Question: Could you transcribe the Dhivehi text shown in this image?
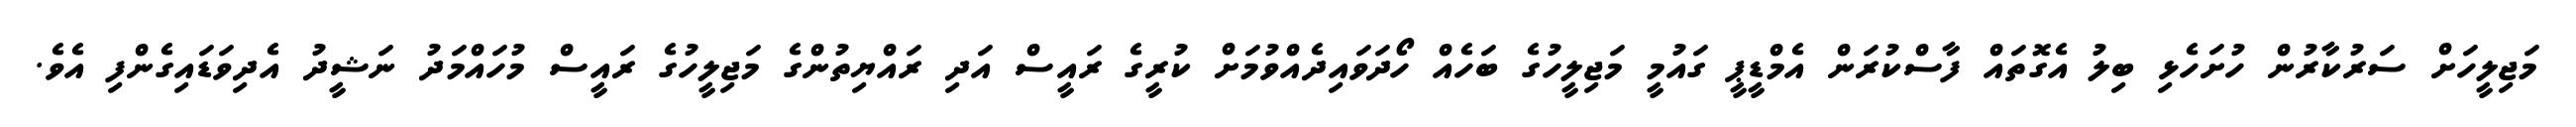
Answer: މަޖިލީހަށް ސަރުކާރުން ހުށަހެޅި ބިލު އެގޮތައް ފާސްކުރަން އެމްޑީޕީ ގައުމީ މަޖިލީހުގެ ބަހެއް ހޯދަވައިދެއްވުމަށް ކުރީގެ ރައީސް އަދި ރައްޔިތުންގެ މަޖިލީހުގެ ރައީސް މުހައްމަދު ނަޝީދު އެދިވަޑައިގެންފި އެވެ.